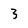
Character: 3